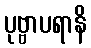
ပုဗ္ဗာပရာနိ